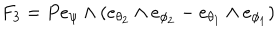
LaTeX: F _ { 3 } = P e _ { \psi } \wedge ( e _ { \theta _ { 2 } } \wedge e _ { \phi _ { 2 } } - e _ { \theta _ { 1 } } \wedge e _ { \phi _ { 1 } } )